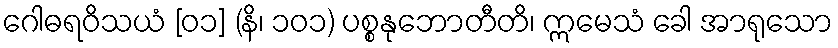
ဂေါဓရဝိသယံ [၀၁] (နိ၊ ၁၀၁) ပစ္စနုဘောတီတိ၊ ဣမေသံ ခေါ အာရုသော